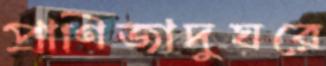
প্রাণিজাদুঘরে